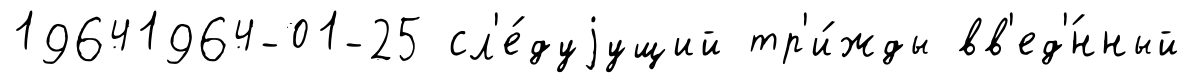
19641964-01-25 сл'е́дуjущий тр'и́жды вв'ед'́нный